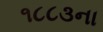
૧૮૮૩ના